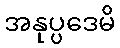
အနုပ္ပဒေမိ